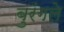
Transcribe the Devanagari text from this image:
बुरंगले